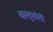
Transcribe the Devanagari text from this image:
वास्तूशांती